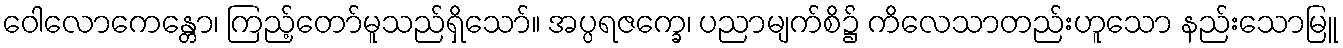
ဝေါလောကေန္တော၊ ကြည့်တော်မူသည်ရှိသော်။ အပ္ပရဇက္ခေ၊ ပညာမျက်စိ၌ ကိလေသာတည်းဟူသော နည်းသောမြူ